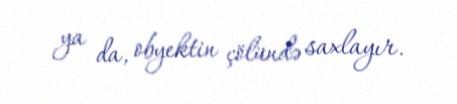
ya da, obyektin çölündə saxlayır.